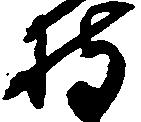
持